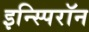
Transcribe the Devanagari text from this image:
इन्स्पिरॉन